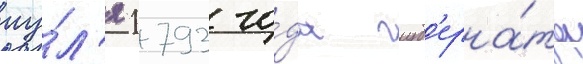
иу́л'я 1793 го́да губ'ерна́тор